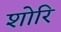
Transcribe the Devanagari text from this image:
शोरि